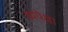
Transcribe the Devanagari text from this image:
व्यपेक्षा